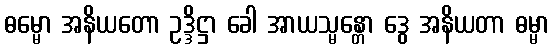
ဓမ္မော အနိယတော ဥဒ္ဒိဋ္ဌာ ခေါ အာယသ္မန္တော ဒွေ အနိယတာ ဓမ္မာ